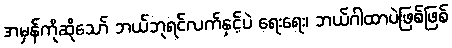
အမှန်ကိုဆိုသော် ဘယ်ဘုရင်လက်နှင့်ပဲ ရေးရေး၊ ဘယ်ဂါထာပဲဖြစ်ဖြစ်